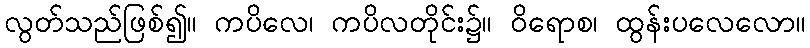
လွတ်သည်ဖြစ်၍။ ကပိလေ၊ ကပိလတိုင်း၌။ ဝိရောစ၊ ထွန်းပလေလော။